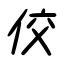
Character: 佼